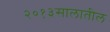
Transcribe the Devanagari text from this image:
२०१३सालातील